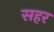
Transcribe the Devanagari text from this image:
सहर